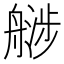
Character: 𬜚